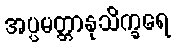
အပ္ပမတ္တာနုသိက္ခရေ